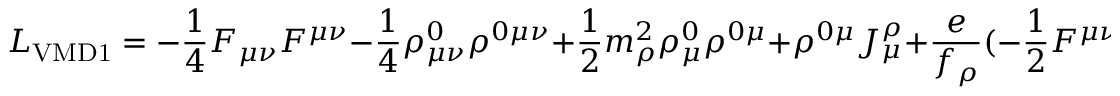
{ \cal L } _ { \mathrm { V M D 1 } } = - \frac { 1 } { 4 } F _ { \mu \nu } F ^ { \mu \nu } - \frac { 1 } { 4 } \rho _ { \mu \nu } ^ { 0 } \rho ^ { 0 \mu \nu } + \frac { 1 } { 2 } m _ { \rho } ^ { 2 } \rho _ { \mu } ^ { 0 } \rho ^ { 0 \mu } + \rho ^ { 0 \mu } J _ { \mu } ^ { \rho } + \frac { e } { f _ { \rho } } ( - \frac { 1 } { 2 } F ^ { \mu \nu } \rho _ { \mu \nu } ^ { 0 } + A _ { \mu } ^ { \rho } ) .